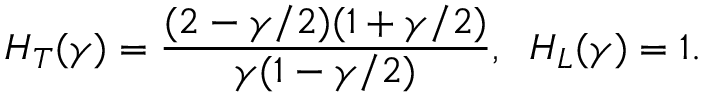
H _ { T } ( \gamma ) = \frac { ( 2 - \gamma / 2 ) ( 1 + \gamma / 2 ) } { \gamma ( 1 - \gamma / 2 ) } , \; \; H _ { L } ( \gamma ) = 1 .